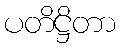
ပတိဋ္ဌိတာ